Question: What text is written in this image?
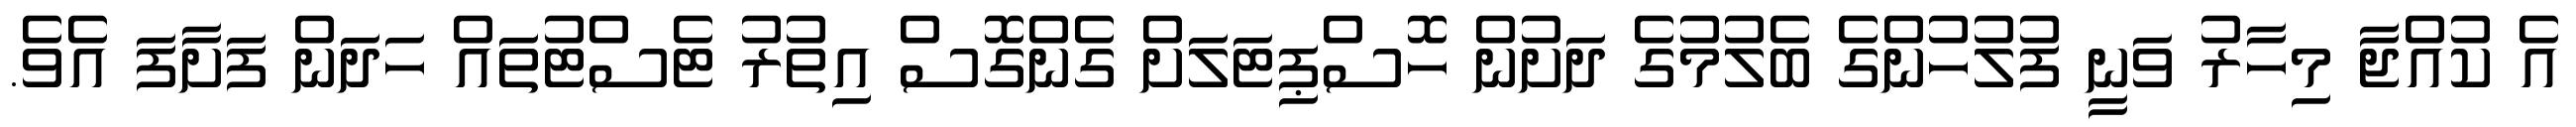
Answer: އެ ކުއްޖާ މިހާރު ވަނީ ފުލުހުންގެ ބެލުމުގެ ދަށުން ހޮސްޕިޓަލަށް ގެންގޮސް އިތުރު ޓެސްޓުތައް ހަދަން ފަށާފަ އެވެ.